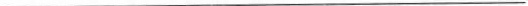
___